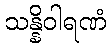
သန္နိဝါရဏံ